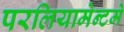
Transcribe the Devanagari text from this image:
परलियामेन्टमे